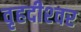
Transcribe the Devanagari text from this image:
वृहदीश्‍वर